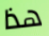
هذا